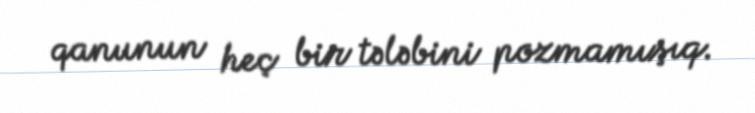
qanunun heç bir tələbini pozmamışıq.